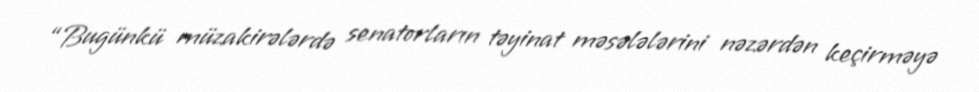
“Bugünkü müzakirələrdə senatorların təyinat məsələlərini nəzərdən keçirməyə